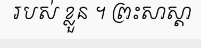
របស់ ខ្លួន ។ ព្រះសាស្តា